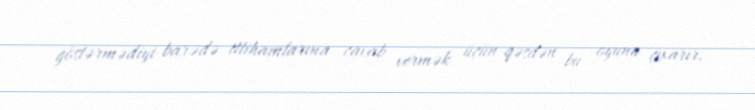
göstərmədiyi barədə ittihamlarına cavab vermək üçün qəsdən bu oyunu çıxarır.